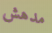
مدهش